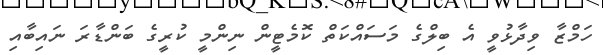
ހަމްޒާ ވިދާޅުވީ އެ ބިލްގެ މަސައްކަތް ކޮމެޓީން ނިންމީ ކުރީގެ ބަންޑާރަ ނައިބާއި